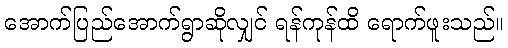
အောက်ပြည်အောက်ရွာဆိုလျှင် ရန်ကုန်ထိ ရောက်ဖူးသည်။